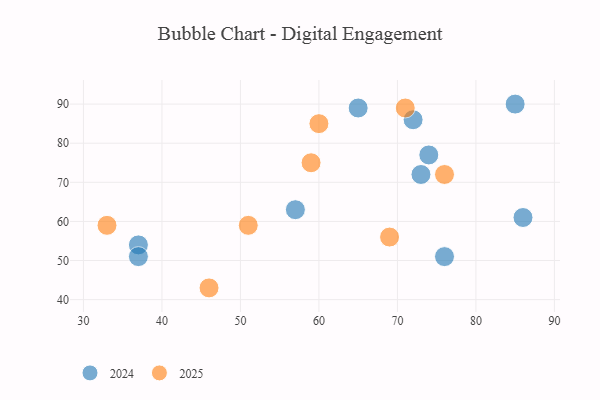
{"axis": {"x": "GDP", "y": "Life Expectancy"}, "legend": ["2024", "2025"], "data": [{"x": "46", "y": 43, "type": "2025"}, {"x": "59", "y": 75, "type": "2025"}, {"x": "51", "y": 59, "type": "2025"}, {"x": "69", "y": 56, "type": "2025"}, {"x": "71", "y": 89, "type": "2025"}, {"x": "60", "y": 85, "type": "2025"}, {"x": "76", "y": 72, "type": "2025"}, {"x": "33", "y": 59, "type": "2025"}, {"x": "86", "y": 61, "type": "2024"}, {"x": "85", "y": 90, "type": "2024"}, {"x": "37", "y": 54, "type": "2024"}, {"x": "74", "y": 77, "type": "2024"}, {"x": "72", "y": 86, "type": "2024"}, {"x": "57", "y": 63, "type": "2024"}, {"x": "73", "y": 72, "type": "2024"}, {"x": "37", "y": 51, "type": "2024"}, {"x": "76", "y": 51, "type": "2024"}, {"x": "65", "y": 89, "type": "2024"}]}